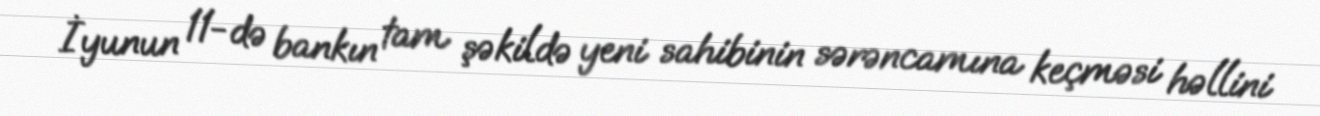
İyunun 11-də bankın tam şəkildə yeni sahibinin sərəncamına keçməsi həllini